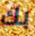
بك